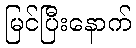
မြင်ပြီးနောက်